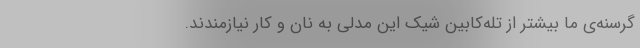
گرسنه‌ی ما بیشتر از تله‌کابین شیک این مدلی به نان و کار نیازمندند.